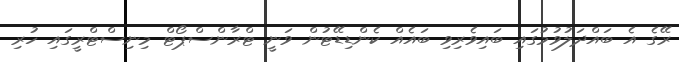
ރޭގެ އެ ބައްދަލުވުމުގައި ބައިވެރިވި ބައެއް ކެންޑިޑޭޓުން ވަނީ ޓްރާންސްޕޯޓް މިނިސްޓްރީގައި ހުރި